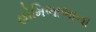
હોમિભાભાના